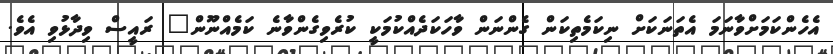
އެހެންކަމަށްވާނަމަ އެތަނަކަށް ނިކަމެތިކަން ގެންނަން ވާހަކަދެއްކުމަކީ ކުރެވިގެންވާނެ ކަމެއްނޫން" ރައީސް ވިދާޅުވި އެވެ.